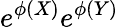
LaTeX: e^{\phi(X)}e^{\phi(Y)}